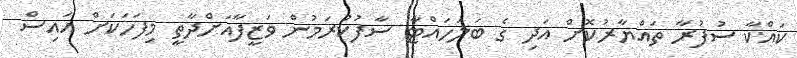
ކައްކާ ސުފުރާ ތައްޔާރުކޮށް އަދި ގެ ބަލަހައްޓާ ސާފުކުރަމުން ވަޒީފާއަށްދާތީ މިފަހަކަށް އައިސް